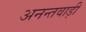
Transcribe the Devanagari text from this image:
अनन्तवाड़ी